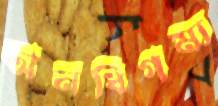
অনধিগম্য